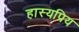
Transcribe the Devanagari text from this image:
हास्यप्रिय